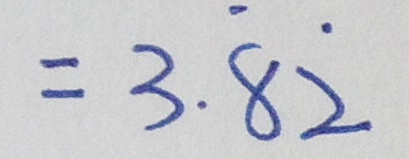
= 3 . \dot { 8 } \dot { 2 }